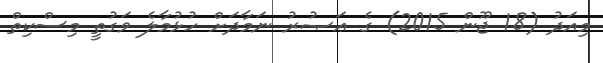
މިއަދު (18 ޖޫން 2015) ގެ ޢަޞުރު ނަމާދަށް ހުޅުމާލެ ވަގުތީ މިސްކިތް